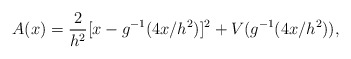
\begin{align*}A(x)={2\over h^2}[x-g^{-1}(4x/h^2)]^2+V(g^{-1}(4x/h^2)),\end{align*}